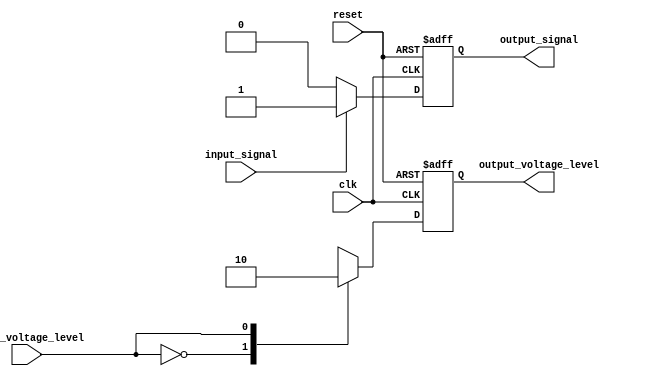
module voltage_level_shifter (
    input wire clk,
    input wire reset,
    input wire input_signal,
    input wire input_voltage_level,
    output reg output_signal,
    output reg output_voltage_level
);

always @(posedge clk or posedge reset) begin
    if (reset) begin
        output_signal <= 1'b0;
        output_voltage_level <= 1'b0;
    end else begin
        case(input_voltage_level)
            2'b00: begin // 3.3V to 1.8V conversion
                if (input_signal) begin
                    output_signal <= 1'b1;
                    output_voltage_level <= 1'b1;
                end else begin
                    output_signal <= 1'b0;
                    output_voltage_level <= 1'b1;
                end
            end
            2'b01: begin // 1.8V to 3.3V conversion
                if (input_signal) begin
                    output_signal <= 1'b1;
                    output_voltage_level <= 1'b0;
                end else begin
                    output_signal <= 1'b0;
                    output_voltage_level <= 1'b0;
                end
            end
        endcase
    end
end

endmodule